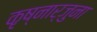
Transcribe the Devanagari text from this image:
कृष्नार्जुना